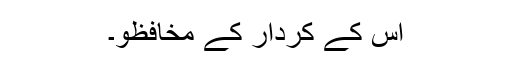
اُس کے کردار کے مخافظو۔